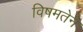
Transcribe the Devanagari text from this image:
विषमतेने